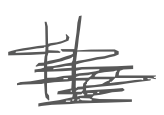
Text: He
Cross-out: scratch
Writing tool: digital_gray